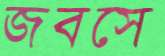
জবসে